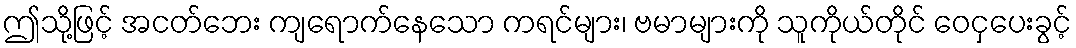
ဤသို့ဖြင့် အငတ်ဘေး ကျရောက်နေသော ကရင်များ၊ ဗမာများကို သူကိုယ်တိုင် ဝေငှပေးခွင့်